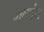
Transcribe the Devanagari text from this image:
भवपंथ